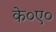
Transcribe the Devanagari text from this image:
के०ए०